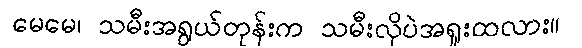
မေမေ၊ သမီးအရွယ်တုန်းက သမီးလိုပဲအရူးထလား။